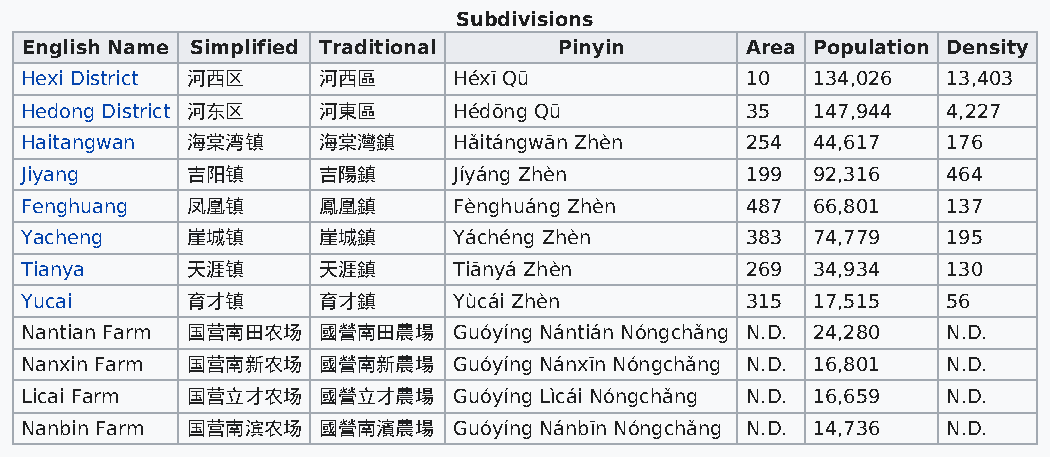
Subdivisions
 English Name Simplified Traditional Pinyin      Area Population Density
 Hexi District 河西区   河西區      Héxī Qū            10   134,026  13,403
 Hedong District 河东区 河東區      Hédōng Qū          35   147,944  4,227
 Haitangwan 海棠湾镇     海棠灣鎮     Hǎitángwān Zhèn    254  44,617   176
 Jiyang     吉阳镇      吉陽鎮      Jíyáng Zhèn        199  92,316   464
 Fenghuang  凤凰镇      鳳凰鎮      Fènghuáng Zhèn     487  66,801   137
 Yacheng    崖城镇      崖城鎮      Yáchéng Zhèn       383  74,779   195
 Tianya     天涯镇      天涯鎮      Tiānyá Zhèn        269  34,934   130
 Yucai      育才镇      育才鎮      Yùcái Zhèn         315  17,515   56
 Nantian Farm 国营南田农场 國營南田農場   Guóyíng Nántián Nóngchǎng N.D. 24,280 N.D.
 Nanxin Farm 国营南新农场  國營南新農場   Guóyíng Nánxīn Nóngchǎng N.D. 16,801 N.D.
 Licai Farm 国营立才农场   國營立才農場   Guóyíng Lìcái Nóngchǎng N.D. 16,659 N.D.
 Nanbin Farm 国营南滨农场  國營南濱農場   Guóyíng Nánbīn Nóngchǎng N.D. 14,736 N.D.